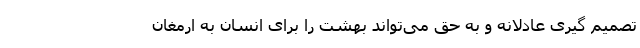
تصمیم گیری عادلانه و به حق می‌تواند بهشت را برای انسان به ارمغان